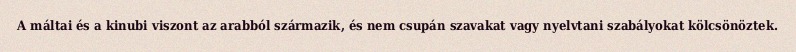
A máltai és a kinubi viszont az arabból származik, és nem csupán szavakat vagy nyelvtani szabályokat kölcsönöztek.